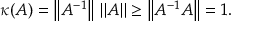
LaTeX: \kappa ( A ) = \left\| A ^ { - 1 } \right\| \, \left\| A \right\| \geq \left\| A ^ { - 1 } A \right\| = 1 .